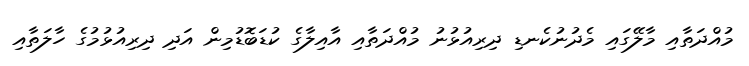
މުއްދަތާއި މާލޭގައި މެދުނުކެނޑި ދިރިއުޅުނު މުއްދަތާއި އާއިލާގެ ކުޑަބޮޑުމިން އަދި ދިރިއުޅުމުގެ ހާލަތާއި